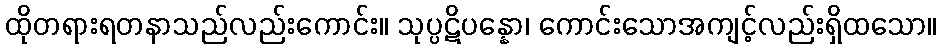
ထိုတရားရတနာသည်လည်းကောင်း။ သုပ္ပဋိပန္နော၊ ကောင်းသောအကျင့်လည်းရှိထသော။